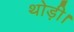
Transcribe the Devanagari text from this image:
थोड़ी।